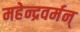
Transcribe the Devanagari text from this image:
महेन्द्रवर्मन्